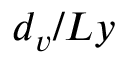
d _ { v } / L y